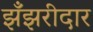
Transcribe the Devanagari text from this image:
झँझरीदार